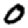
Digit: 0